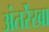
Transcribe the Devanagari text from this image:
अंतर्रेखा